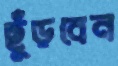
ছুঁড়বেন